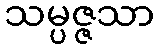
သမ္ပဇ္ဇသာ